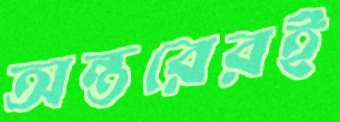
অন্তরেরই